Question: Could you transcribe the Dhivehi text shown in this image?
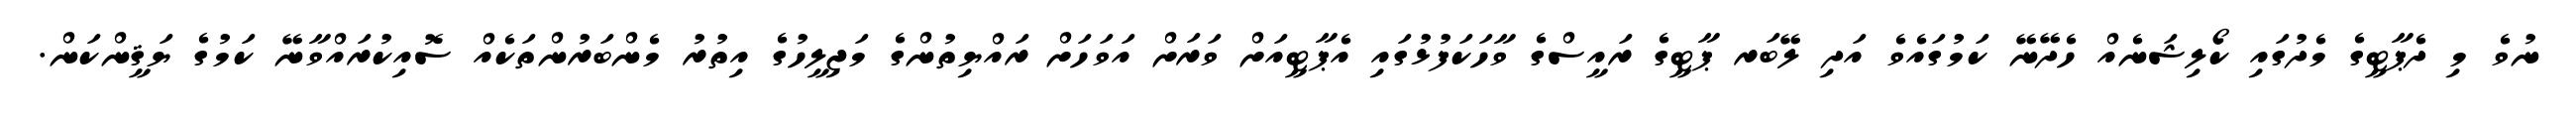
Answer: ނުވެ މި ދެޕާޓީގެ މެދުގައި ކޯލިޝަނެއް ހެދޭނޭ ކަމުގައެވެ އަދި ލޭބަރ ޕާޓީގެ ރައީސްގެ ވާހަކަފުޅުގައި އެޕާޓީއަށް ވަރަށް އަވަހަށް ރައްޔިތުންގެ މަޖިލީހުގެ އިތުރު މެންބަރުންތަކެއް ސޮއިކުރައްވާނޭ ކަމުގެ ޔަޤީންކަން.